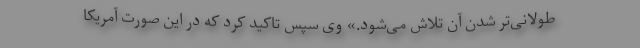
طولانی‌تر شدن آن تلاش می‌شود.» وی سپس تاکید کرد که در این صورت آمریکا